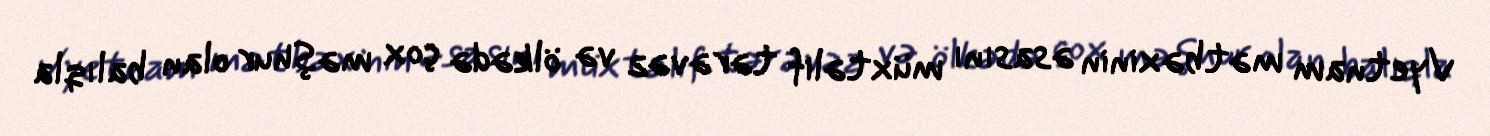
Vyetnam mətbəxinin əsasını müxtəlif tərəvəz və ölkədə çox məşhur olan balıqla